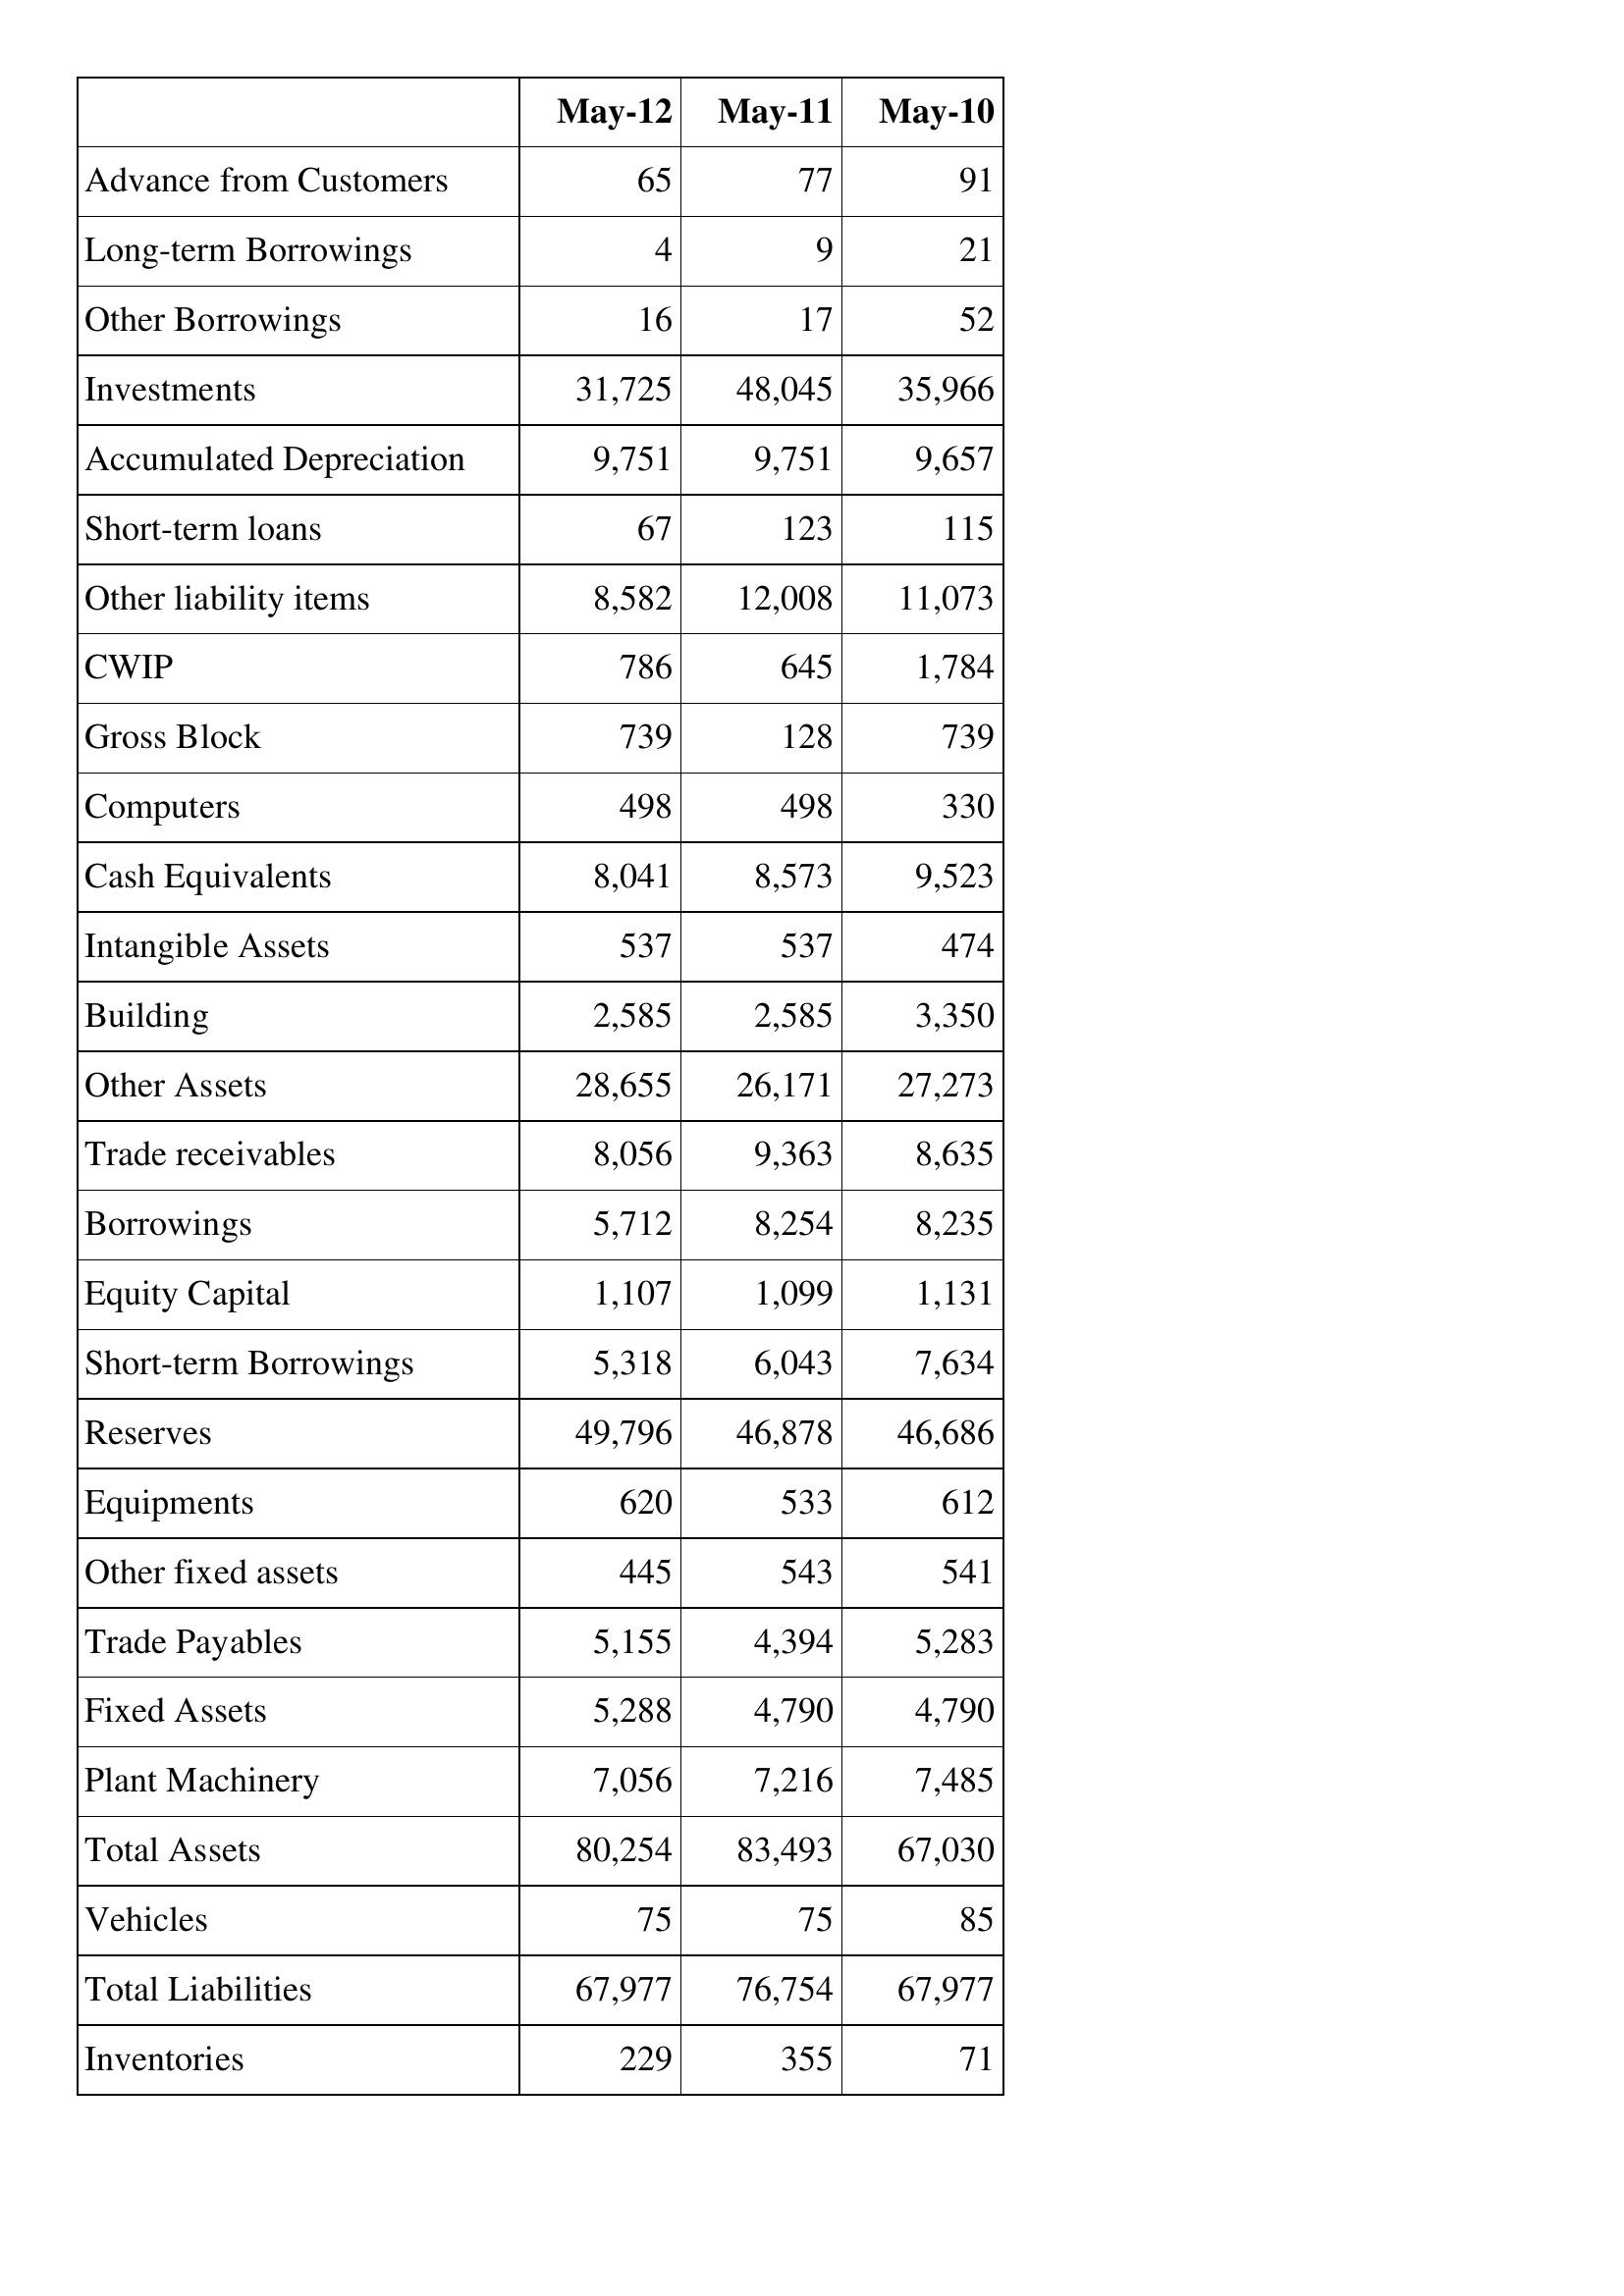
May-12: Balance Sheet: Advance from Customers: 65
Long-term Borrowings: 4
Other Borrowings: 16
Investments: 31,725
Accumulated Depreciation: 9,751
Short-term loans: 67
Other liability items: 8,582
CWIP: 786
Gross Block: 739
Computers: 498
Cash Equivalents: 8,041
Intangible Assets: 537
Building: 2,585
Other Assets: 28,655
Trade receivables: 8,056
Borrowings: 5,712
Equity Capital: 1,107
Short-term Borrowings: 5,318
Reserves: 49,796
Equipments: 620
Other fixed assets: 445
Trade Payables: 5,155
Fixed Assets: 5,288
Plant Machinery: 7,056
Total Assets: 80,254
Vehicles: 75
Total Liabilities: 67,977
Inventories: 229
May-11: Balance Sheet: Advance from Customers: 77
Long-term Borrowings: 9
Other Borrowings: 17
Investments: 48,045
Accumulated Depreciation: 9,751
Short-term loans: 123
Other liability items: 12,008
CWIP: 645
Gross Block: 128
Computers: 498
Cash Equivalents: 8,573
Intangible Assets: 537
Building: 2,585
Other Assets: 26,171
Trade receivables: 9,363
Borrowings: 8,254
Equity Capital: 1,099
Short-term Borrowings: 6,043
Reserves: 46,878
Equipments: 533
Other fixed assets: 543
Trade Payables: 4,394
Fixed Assets: 4,790
Plant Machinery: 7,216
Total Assets: 83,493
Vehicles: 75
Total Liabilities: 76,754
Inventories: 355
May-10: Balance Sheet: Advance from Customers: 91
Long-term Borrowings: 21
Other Borrowings: 52
Investments: 35,966
Accumulated Depreciation: 9,657
Short-term loans: 115
Other liability items: 11,073
CWIP: 1,784
Gross Block: 739
Computers: 330
Cash Equivalents: 9,523
Intangible Assets: 474
Building: 3,350
Other Assets: 27,273
Trade receivables: 8,635
Borrowings: 8,235
Equity Capital: 1,131
Short-term Borrowings: 7,634
Reserves: 46,686
Equipments: 612
Other fixed assets: 541
Trade Payables: 5,283
Fixed Assets: 4,790
Plant Machinery: 7,485
Total Assets: 67,030
Vehicles: 85
Total Liabilities: 67,977
Inventories: 71